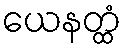
ယေနတ္ထံ